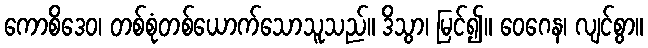
ကောစိဒေဝ၊ တစ်စုံတစ်ယောက်သောသူသည်။ ဒိသွာ၊ မြင်၍။ ဝေဂေန၊ လျင်စွာ။